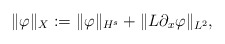
\begin{align*}\|\varphi\|_X := \|\varphi\|_{H^s} + \|L\partial_x \varphi\|_{L^2},\end{align*}